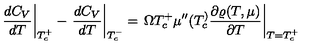
\left. \frac { d C _ { V } } { d T } \right| _ { T _ { c } ^ { + } } - \left. \frac { d C _ { V } } { d T } \right| _ { T _ { c } ^ { - } } = \left. \Omega T _ { c } ^ { + } \mu ^ { \prime \prime } ( T _ { c } ^ { ) } \frac { \partial \varrho ( T , \mu ) } { \partial T } \right| _ { T = T _ { c } ^ { + } }